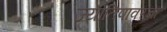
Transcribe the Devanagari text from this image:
ज्योतिषावरचा